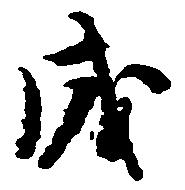
成